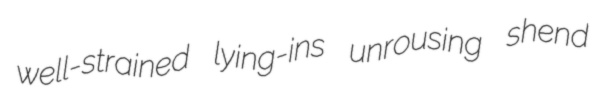
well-strained lying-ins unrousing shend